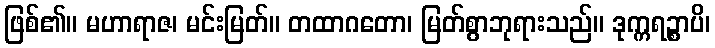
ဖြစ်၏။ မဟာရာဇ၊ မင်းမြတ်။ တထာဂတော၊ မြတ်စွာဘုရားသည်။ ဒုက္ကရဉ္စာပိ၊